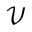
\mathcal { V }